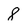
Character: 8